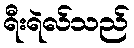
ရီးရဲလ်သည်